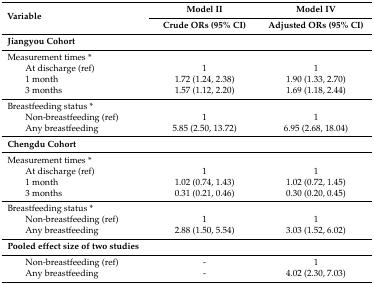
| <ROWSPAN=2> Variable | Model II | Model IV |
 | Crude ORs (95% CI) | Adjusted ORs (95% CI) |
 | --- | --- | --- |
 | Jiangyou Cohort |  |  |
 | Measurement times * |  |  |
 | At discharge (ref) | 1 | 1 |
 | 1 month | 1.72 (1.24, 2.38) | 1.90 (1.33, 2.70) |
 | 3 months | 1.57 (1.12, 2.20) | 1.69 (1.18, 2.44) |
 | Breastfeeding status * |  |  |
 | Non-breastfeeding (ref) | 1 | 1 |
 | Any breastfeeding | 5.85 (2.50, 13.72) | 6.95 (2.68, 18.04) |
 | Chengdu Cohort |  |  |
 | Measurement times * |  |  |
 | At discharge (ref) | 1 | 1 |
 | 1 month | 1.02 (0.74, 1.43) | 1.02 (0.72, 1.45) |
 | 3 months | 0.31 (0.21, 0.46) | 0.30 (0.20, 0.45) |
 | Breastfeeding status * |  |  |
 | Non-breastfeeding (ref) | 1 | 1 |
 | Any breastfeeding | 2.88 (1.50, 5.54) | 3.03 (1.52, 6.02) |
 | Pooled effect size of two studies |  |  |
 | Non-breastfeeding (ref) | - | 1 |
 | Any breastfeeding | - | 4.02 (2.30, 7.03) |